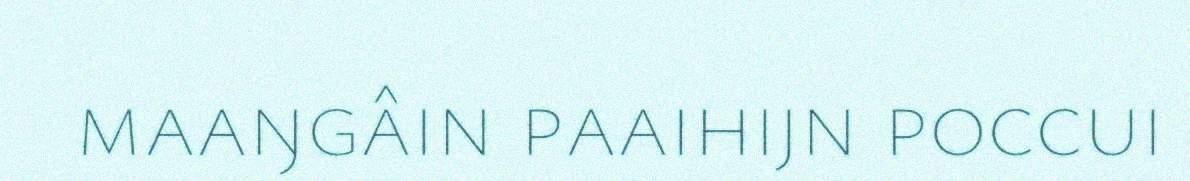
maaŋgâin paaihijn poccui